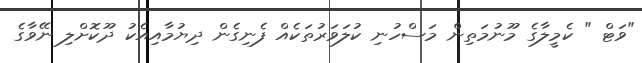
"ވަޓް " ކެމީލާގެ މޫނުމަތިން މަސްހުނި ކުލަވަރުތަކެއް ފެނިގެން ދިޔުމާއިއެކު ދޫކޮށްލި ނޭވާގެ